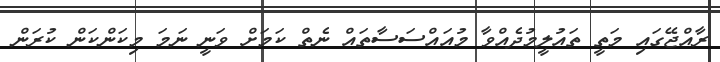
ރާއްޖޭގައި މަތީ ތައުލީމުދެއްވާ މުއައްސަސާތައް ނެތް ކަމަށް ވަނީ ނަމަ މިކަންކަން ކުރަން